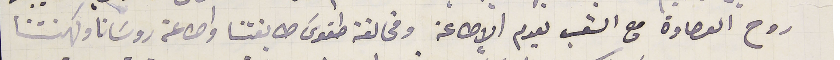
روح العصاوة مع الشعب لعدم الإطاعة ومخالفة طقوسَ طايفتنا واطاعة روسَانا وكهنتنا